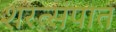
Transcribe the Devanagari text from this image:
शरत्संपात